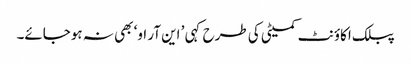
پبلک اکاؤنٹ کمیٹی کی طرح کہی ’ این آر او‘ بھی نہ ہوجائے۔